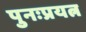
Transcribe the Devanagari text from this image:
पुनःप्रयत्न